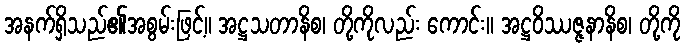
အနက်ရှိသည်၏အစွမ်းဖြင့်။ အဋ္ဌသတာနိစ၊ တို့ကိုလည်း ကောင်း။ အဋ္ဌဝိဿဇ္ဇနာနိစ၊ တို့ကို